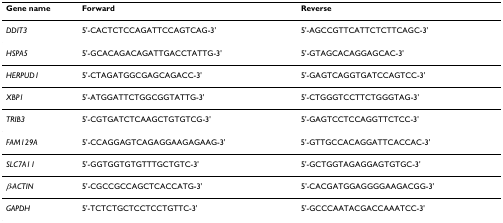
<table><thead><tr><td><b>Gene name</b></td><td><b>Forward</b></td><td><b>Reverse</b></td></tr></thead><tbody><tr><td><i>DDIT3</i></td><td>5&#x27;-CACTCTCCAGATTCCAGTCAG-3&#x27;</td><td>5&#x27;-AGCCGTTCATTCTCTTCAGC-3&#x27;</td></tr><tr><td><i>HSPA5</i></td><td>5&#x27;-GCACAGACAGATTGACCTATTG-3&#x27;</td><td>5&#x27;-GTAGCACAGGAGCAC-3&#x27;</td></tr><tr><td><i>HERPUD1</i></td><td>5&#x27;-CTAGATGGCGAGCAGACC-3&#x27;</td><td>5&#x27;-GAGTCAGGTGATCCAGTCC-3&#x27;</td></tr><tr><td><i>XBP1</i></td><td>5&#x27;-ATGGATTCTGGCGGTATTG-3&#x27;</td><td>5&#x27;-CTGGGTCCTTCTGGGTAG-3&#x27;</td></tr><tr><td><i>TRIB3</i></td><td>5&#x27;-CGTGATCTCAAGCTGTGTCG-3&#x27;</td><td>5&#x27;-GAGTCCTCCAGGTTCTCC-3&#x27;</td></tr><tr><td><i>FAM129A</i></td><td>5&#x27;-CCAGGAGTCAGAGGAAGAGAAG-3&#x27;</td><td>5&#x27;-GTTGCCACAGGATTCACCAC-3&#x27;</td></tr><tr><td><i>SLC7A11</i></td><td>5&#x27;-GGTGGTGTGTTTGCTGTC-3&#x27;</td><td>5&#x27;-GCTGGTAGAGGAGTGTGC-3&#x27;</td></tr><tr><td><i>β-ACTIN</i></td><td>5&#x27;-CGCCGCCAGCTCACCATG-3&#x27;</td><td>5&#x27;-CACGATGGAGGGGAAGACGG-3&#x27;</td></tr><tr><td><i>GAPDH</i></td><td>5&#x27;-TCTCTGCTCCTCCTGTTC-3&#x27;</td><td>5&#x27;-GCCCAATACGACCAAATCC-3&#x27;</td></tr></tbody></table>